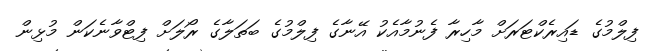
ފިލްމުގެ ޑައިރެކްޓަރަށް މާހިރާ ފެނުމާއެކު އޭނާގެ ފިލްމުގެ ބަތަލާގެ ރޯލަށް ފިޓްވާނެކަން މުޅިން